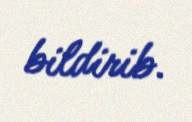
bildirib.